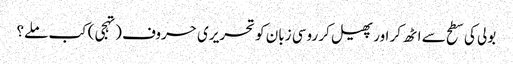
بولی کی سطح سے اٹھ کر اور پھیل کر روسی زبان کو تحریری حروف (تہجی) کب ملے؟